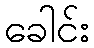
ခေါင်း